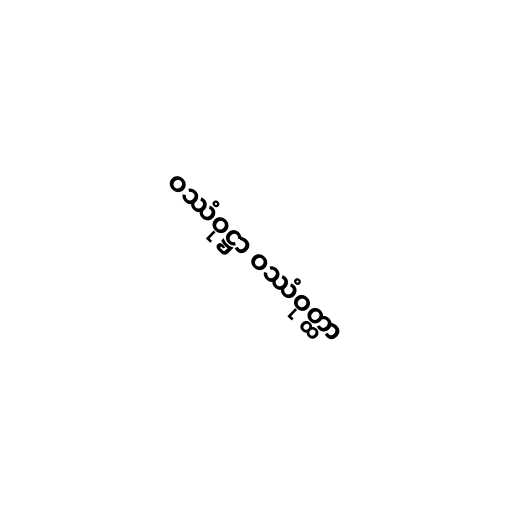
ဝဿံဝုဋ္ဌာ ဝဿံဝုတ္ထာ